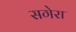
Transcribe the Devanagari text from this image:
सगेरा